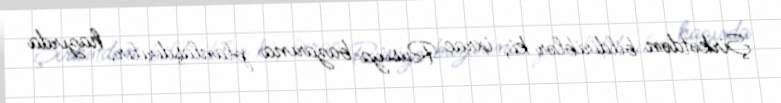
Şirkətdən bildiriblər ki, ixrac Rusiya bazarına planlaşdırılır, hazırda